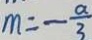
m = - \frac { a } { 3 }